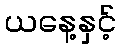
ယနေ့နှင့်